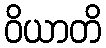
ဝိယာတိ